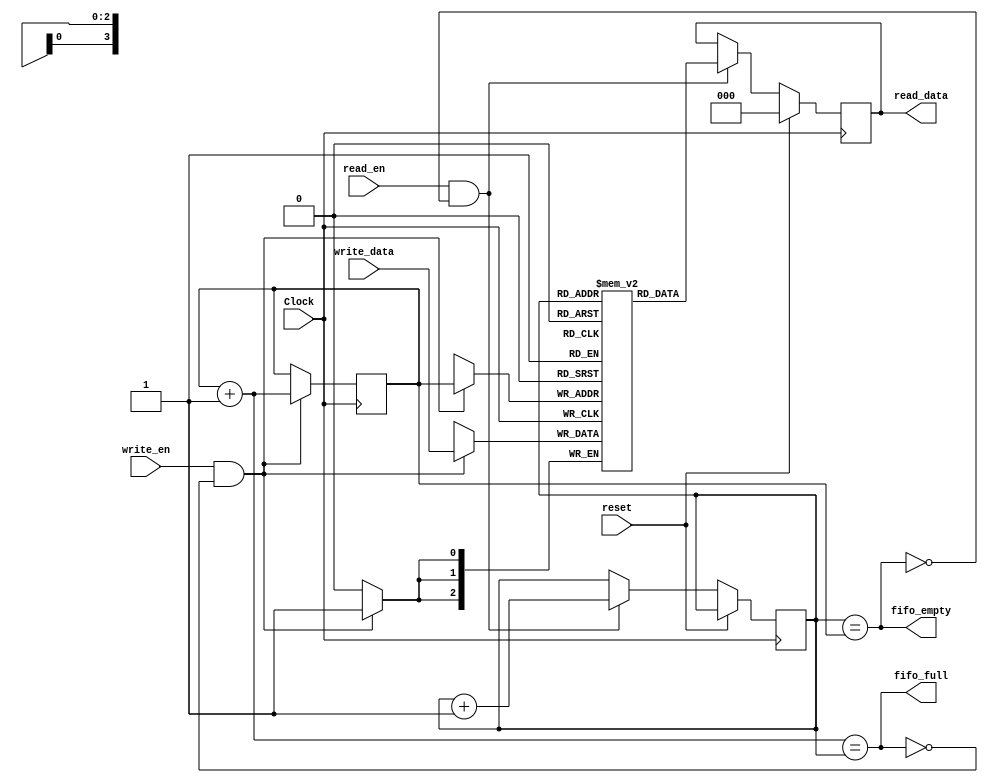
`timescale 1ns / 1ps
//////////////////////////////////////////////////////////////////////////////////
// Company: 
// Engineer: 
// 
// Design Name: 
// Module Name: FIFO
// Project Name: 
// Target Devices: 
// Tool Versions: 
// Description: 
// 
// Dependencies: 
// 
// Revision:
// Revision 0.01 - File Created
// Additional Comments:
// 
//////////////////////////////////////////////////////////////////////////////////


module FIFO #(parameter DEPTH = 16, 
parameter WIDTH = 3, 
parameter PTR_LEN = 4)(
//parameter file = "fifo")(

    input   Clock,
    input   read_en,
    input   write_en,
    input   [WIDTH-1:0] write_data,
    input   reset,
    
    output  reg [WIDTH-1:0] read_data,
    output  fifo_full,
    output  fifo_empty
    );
    
reg [WIDTH-1:0] memory [0:DEPTH-1];
reg [PTR_LEN-1:0]read_ptr = 0;
reg [PTR_LEN-1:0]write_ptr = 0;

//initial begin 
//    $readmemh(file, memory);
//end

always @(posedge Clock)
begin
    if(reset == 1)
    begin
        read_data <= 0;
    end  
    else if(read_en == 1 && fifo_empty == 0)
    begin
        read_data <= memory[read_ptr];
        read_ptr <= read_ptr + 1;
    end
end

always @(posedge Clock)
begin
    if(write_en == 1 && fifo_full == 0)
    begin
        memory[write_ptr] <= write_data;
        write_ptr <= write_ptr + 1;
    end
end

assign fifo_empty = (read_ptr==write_ptr);
assign fifo_full  = ((write_ptr + 1'b1) == read_ptr);
endmodule